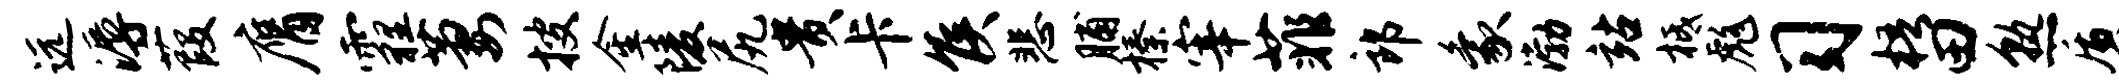
远溽葭膺霾萋搜金陵尻贵卡侯悲脯榛宰菲郎象渤站柢彪习梧田熟质